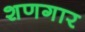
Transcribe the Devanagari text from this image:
शणगार